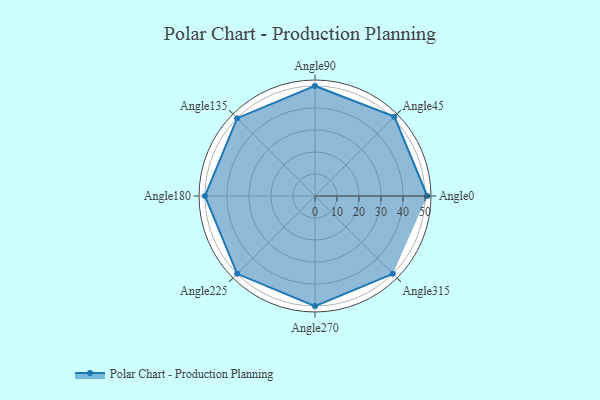
{"axis": {"x": "Angle", "y": "Radius"}, "legend": [""], "data": [{"x": "Angle0", "y": 51.0, "type": ""}, {"x": "Angle45", "y": 51.0, "type": ""}, {"x": "Angle90", "y": 50, "type": ""}, {"x": "Angle135", "y": 50, "type": ""}, {"x": "Angle180", "y": 50, "type": ""}, {"x": "Angle225", "y": 50, "type": ""}, {"x": "Angle270", "y": 50, "type": ""}, {"x": "Angle315", "y": 50, "type": ""}]}